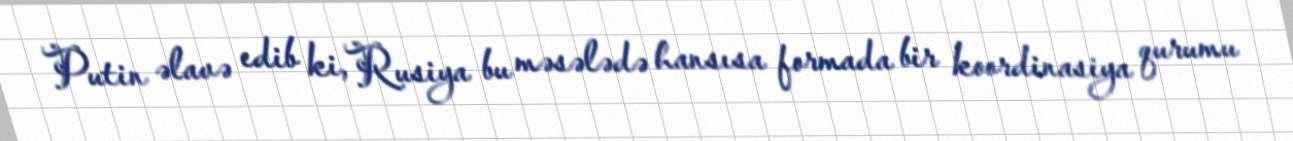
Putin əlavə edib ki, Rusiya bu məsələdə hansısa formada bir koordinasiya qurumu